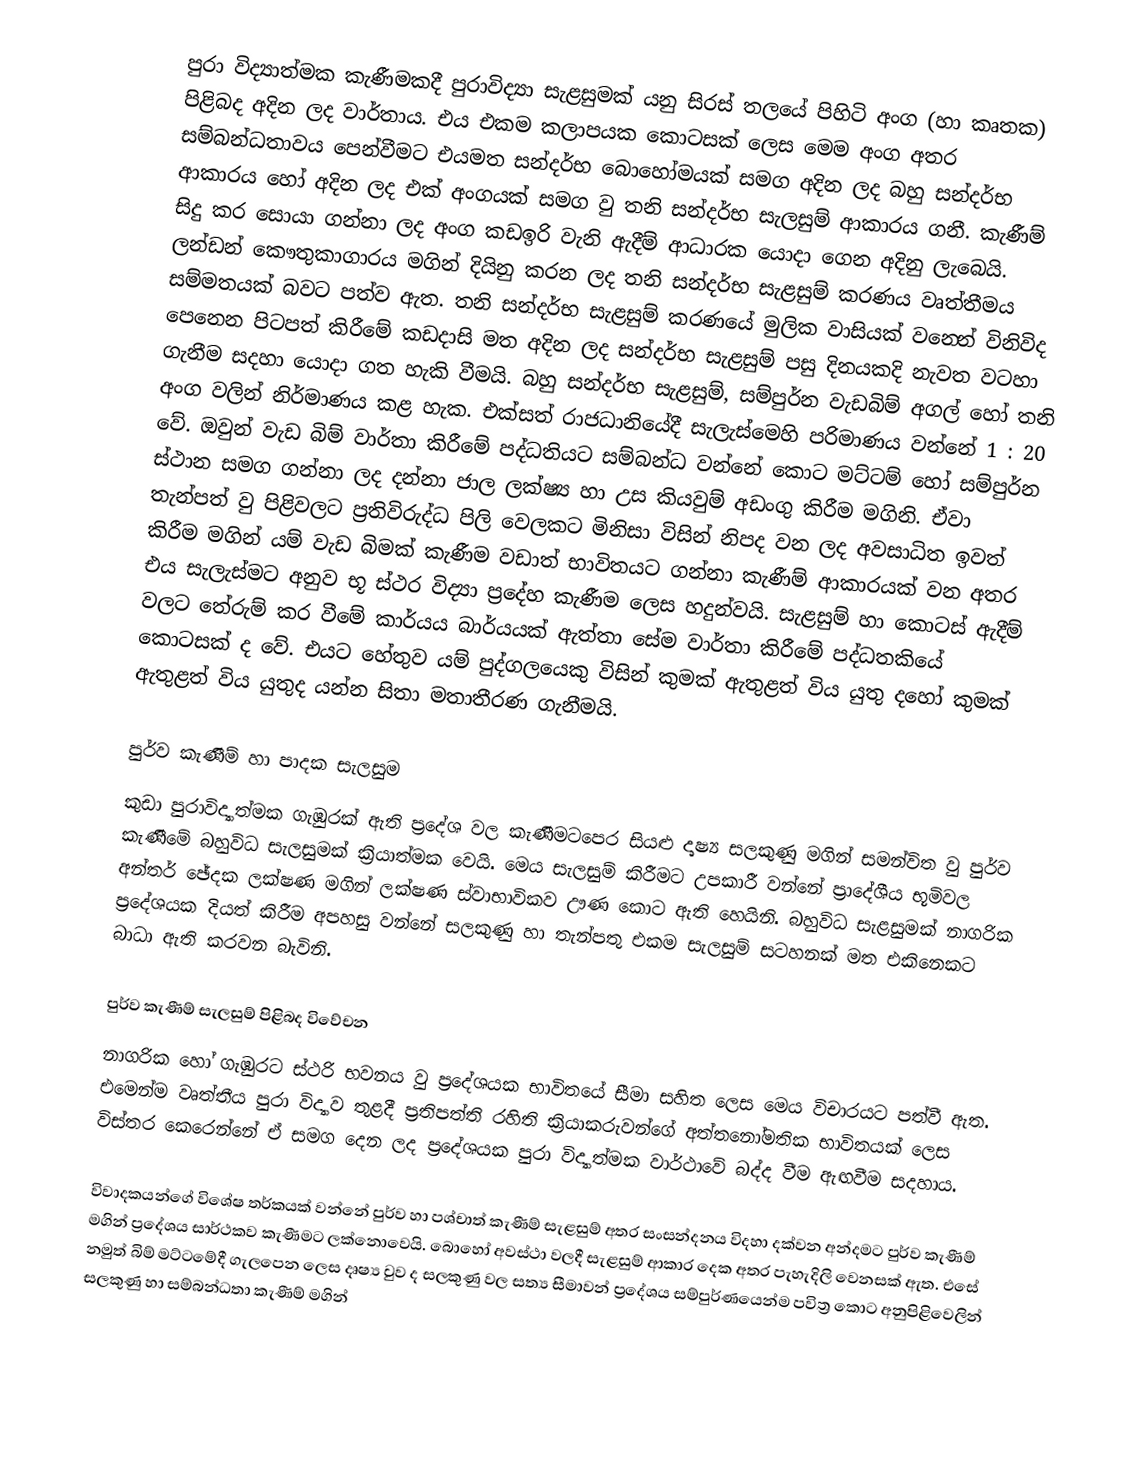
පුරා විද්‍යාත්මක කැණීමකදී පුරාවිද්‍යා සැළසුමක් යනු සිරස් තලයේ පිහිටි අංග (හා කෘතක) පිළිබද අදින ලද වාර්තාය.  එය එකම කලාපයක කොටසක් ලෙස මෙම අංග අතර සම්බන්ධතාවය පෙන්වීමට එයමත සන්දර්භ බොහෝමයක් සමග අදින ලද බහු සන්දර්භ ආකාරය හෝ අදින ලද එක් අංගයක් සමග වු තනි සන්දර්භ සැලසුම් ආකාරය ගනී. කැණීම් සිදු කර සොයා ගන්නා ලද අංග  කඩඉරි වැනි ඇදීම් ආධාරක යොදා ගෙන අදිනු ලැබෙයි. ලන්ඩන් කෞතුකාගාරය මගින් දියිනු කරන ලද තනි සන්දර්භ සැළසුම් කරණය වෘත්තීමය සම්මතයක් බවට පත්ව ඇත. තනි සන්දර්භ සැළසුම් කරණයේ මුලික වාසියක් වන‍්නේ විනිවිද පෙනෙන පිටපත් කිරීමේ කඩදාසි මත අදින ලද සන්දර්භ සැළසුම් පසු දිනයකදි නැවත වටහා ගැනීම සදහා යොදා ගත හැකි වීමයි. බහු සන්දර්භ සැළසුම්, සම්පුර්න වැඩබිම් අගල් හෝ තනි අංග වලින් නිර්මාණය කළ හැක. එක්සත් රාජධානියේදී සැලැස්මෙහි පරිමාණය වන්නේ 1 : 20 වේ. ඔවුන් වැඩ බිම් වාර්තා කිරීමේ පද්ධතියට සම්බන්ධ වන්නේ කොට මට්ටම් හෝ සම්පුර්න ස්ථාන සමග ගන්නා ලද දන්නා ජාල ලක්ෂ්‍ය හා උස කියවුම් අඩංගු කිරීම මගිනි. ඒවා තැන්පත් වු පිළිවලට ප්‍රතිවිරුද්ධ පිලි වෙලකට මිනිසා විසින් නිපද වන ලද අවසාධිත ඉවත් කිරීම මගින් යම් වැඩ බිමක් කැණීම වඩාත් භාවිතයට ගන්නා කැණීම් ආකාරයක් වන අතර එය සැලැස්මට අනුව භූ ස්ථර විද්‍යා ප්‍රදේහ කැණීම ලෙස හදුන්වයි. සැළසුම් හා කොටස් ඇදීම් වලට තේරුම් කර වීමේ කාර්යය බාර්යයක් ඇත්තා සේම වාර්තා කිරීමේ පද්ධතකියේ කොටසක්  ද වේ. එයට හේතුව යම් පුද්ගලයෙකු විසින් කුමක් ඇතුළත් විය යුතු ද‍හෝ කුමක් ඇතුළත් විය යුතුද යන්න සිතා මතා‍තීරණ ගැනීමයි.

පුර්ව කැණීම් හා පාදක සැලසුම
කුඩා පුරාවිද්‍යාත්මක ගැඹුරක් ඇති ප්‍රදේශ වල කැණීමට‍පෙර සියළු දෘෂ්‍ය සලකුණු මගින් සමන්විත වු පුර්ව කැණීමේ බහුවිධ සැලසුමක් ක්‍රියාත්මක වෙයි. මෙය සැලසුම් කිරීමට උපකාරී වන්නේ ප්‍රාදේශීය භූමිවල අන්තර් ඡේදක ලක්ෂණ මගින් ලක්ෂණ ස්වාභාවිකව ඌණ කොට ඇති හෙයිනි. බහුවිධ සැළසුමක් නාගරික ප්‍ර‍දේශයක දියත් කිරීම අපහසු වන්නේ සලකුණු හා තැන්පතු එකම සැලසුම් සටහනක් මත එකිනෙකට බාධා ඇති කරවන බැවිනි.

පුර්ව කැණීම් සැලසුම් පිළිබද විවේචන
නාගරික හෝ ගැඹුරට ස්ථරි භවනය වු ප්‍රදේශයක භාවිතයේ සීමා සහිත ලෙස මෙය විචාරයට පත්වී ඇත. එමෙන්ම වෘත්තීය පුරා විද්‍යාව තුළදී ප්‍රතිපත්ති රහිති ක්‍රියාකරුවන්ගේ අත්තනෝමතික භාවිතයක් ලෙස විස්තර කෙරෙන්නේ ඒ සමග දෙන ලද ප්‍රදේශයක පුරා විද්‍යාත්මක වාර්ථාවේ බද්ද වීම ඇඟවීම සදහාය.

විවාදකයන්ගේ විශේෂ තර්කයක් වන්නේ පුර්ව හා පශ්චාත් කැණීම් සැළසුම් අතර සංසන්දනය විදහා දක්වන අන්දමට පුර්ව කැණීම් මගින් ප්‍රදේශය සාර්ථකව කැණීමට ලක්නොවෙයි. බොහෝ අවස්ථා වලදී සැළසුම් ආකාර දෙක අතර පැහැදිලි වෙනසක් ඇත. එසේ නමුත් බිම් මට්ටමේදී ගැලපෙන ලෙස දෘෂ්‍ය වුව ද සලකුණු වල සත්‍ය සීමාවන් ප්‍රදේශය සම්පුර්ණයෙන්ම පවිත්‍ර කොට අනුපිළිවෙලින් සලකුණු හා සම්බන්ධතා කැණීම් මගින්